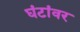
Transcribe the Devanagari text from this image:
घंटांवर